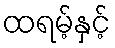
ထရမ့်နှင့်